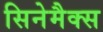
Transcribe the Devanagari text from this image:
सिनेमैक्स